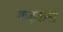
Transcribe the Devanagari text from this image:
कड़कना